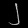
Digit: ၂